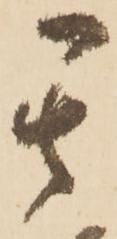
其